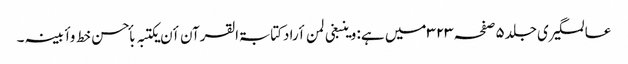
عالمگیری جلد۵صفحہ۳۲۳ میں ہے: وینبغی لمن أرادکتابۃالقرآن أن یکتبہ بأحسن خط وأبینہ ۔